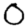
Digit: 0